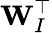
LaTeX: \mathbf{W}_{I}^{\top}